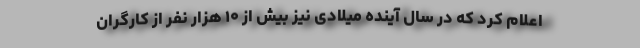
اعلام کرد که در سال آینده میلادی نیز بیش از ۱۰ هزار نفر از کارگران